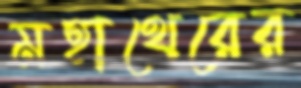
মহাথেরের